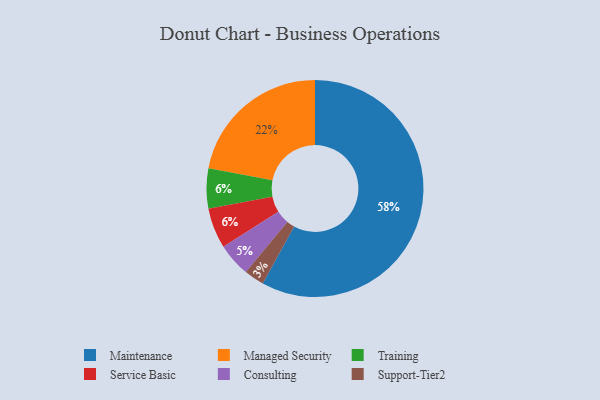
{"axis": {"x": "Category", "y": "Percentage"}, "legend": ["Consulting", "Maintenance", "Managed Security", "Service Basic", "Support-Tier2", "Training"], "data": [{"x": "Training", "y": 6, "type": "Training"}, {"x": "Support-Tier2", "y": 3, "type": "Support-Tier2"}, {"x": "Consulting", "y": 5, "type": "Consulting"}, {"x": "Maintenance", "y": 58, "type": "Maintenance"}, {"x": "Service Basic", "y": 6, "type": "Service Basic"}, {"x": "Managed Security", "y": 22, "type": "Managed Security"}]}